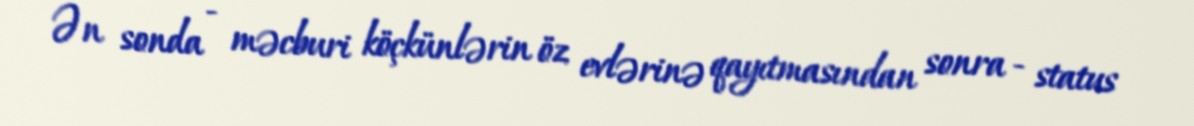
Ən sonda - məcburi köçkünlərin öz evlərinə qayıtmasından sonra - status